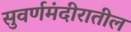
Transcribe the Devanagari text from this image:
सुवर्णमंदीरातील